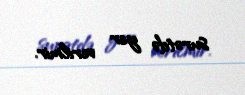
surətdə yer verilmir.